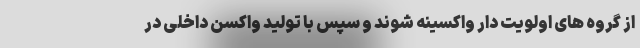
از گروه های اولویت دار واکسینه شوند و سپس با تولید واکسن داخلی در